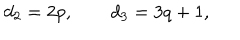
d _ { 2 } = 2 p , \qquad d _ { 3 } = 3 q + 1 ,